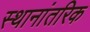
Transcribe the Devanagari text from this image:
स्थानांतरिक